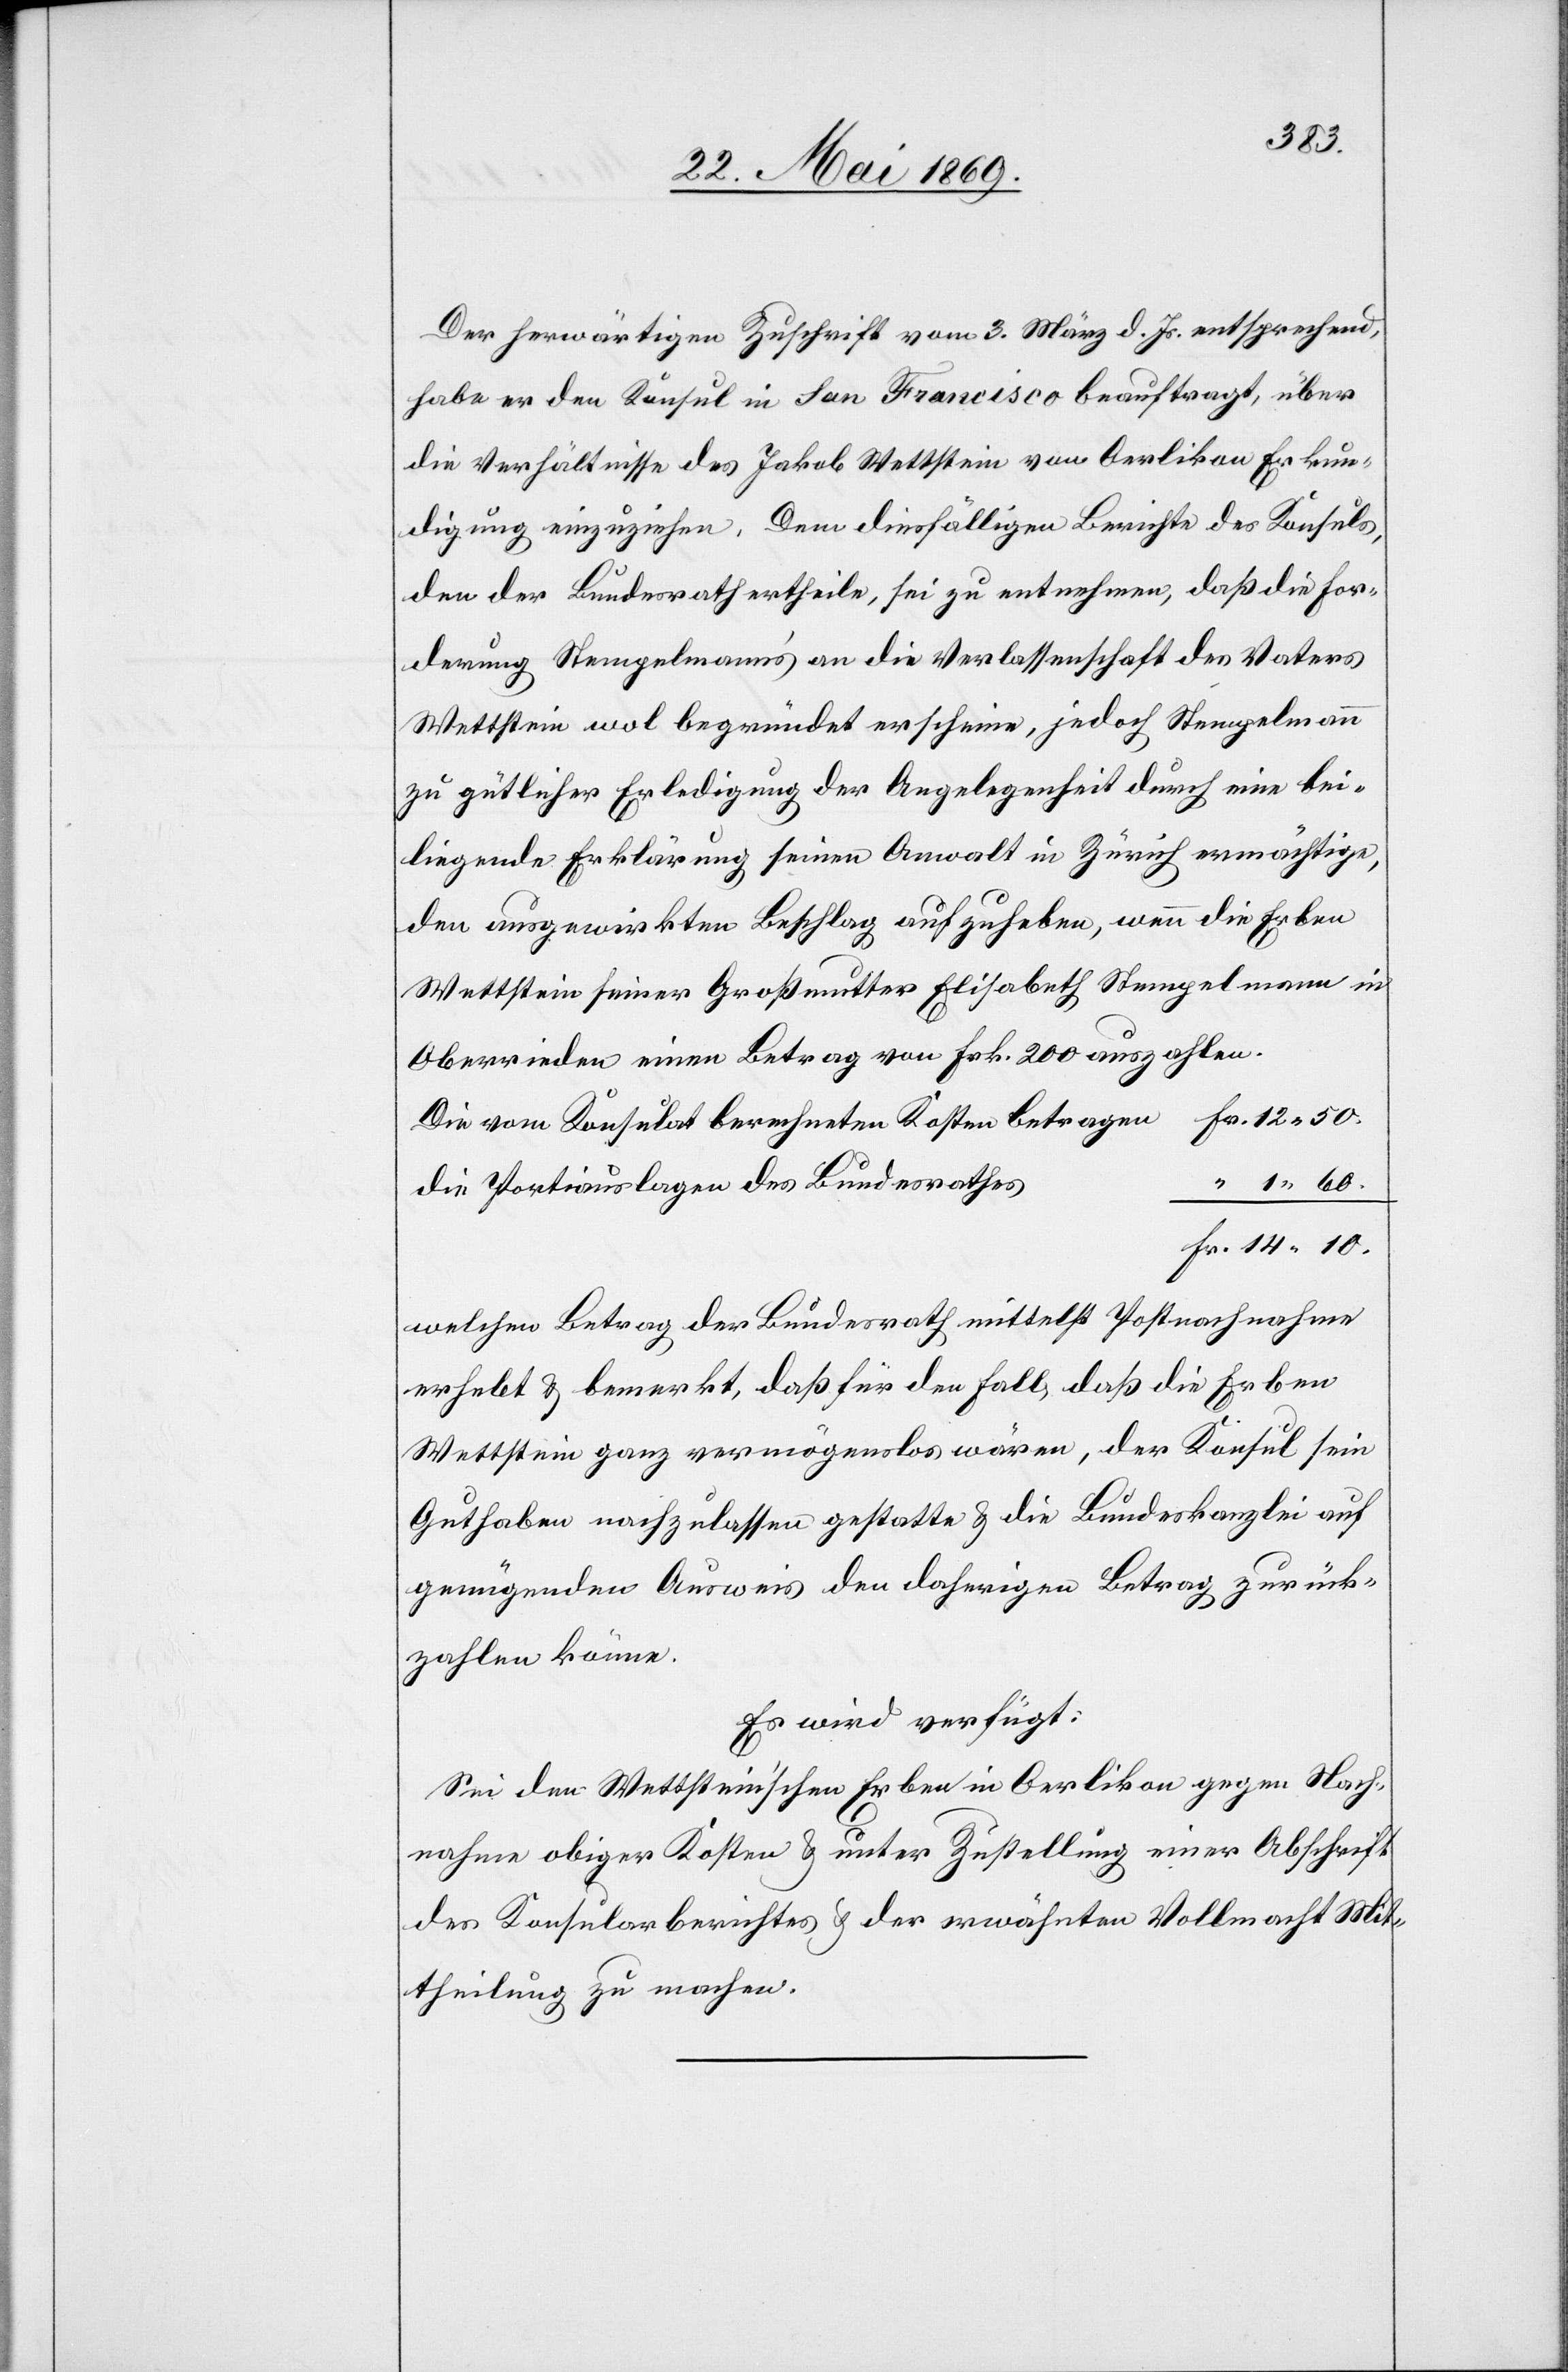
Der herwärtigen Zuschrift vom 3. März d. Js. entsprechend,
habe er den Konsul in San Francisco beauftragt, über
die Verhältnisse des Jakob Wettstein von Oerlikon Erkun¬
digung einzuziehen. Dem diesfäligen Berichte des Konsuls,
den der Bundesrath ertheile, sei zu entnehmen, daß die For¬
derung Stempelmann’s an die Verlassenschaft des Vaters
Wettstein wol begründet erscheine, jedoch Stempelmann
zu gütlicher Erledigung der Angelegenheit durch eine bei¬
liegende Erklärung seinen Anwalt in Zürich ermächtige,
den ausgewirkten Beschlag aufzuheben, wenn die Erben
Wettstein seiner Großmutter Elisabetha Stempelmann in
Oberrieden einen Betrag von Frk. 200 auszahlen.
Die vom Konsulat berechneten Kosten betragen Fr. 12.50
Die Portiauslagen des Bundesrathes
Fr. 14.10.
welchen Betrag der Bundesrath mittelst Postnachnahme
erhebt u. bemerkt, daß für den Fall, daß die Erben
Wettstein ganz vermögenslos wären, der Konsul sein
Guthaben nachzulassen gestatte u. die Bundeskanzlei auf
genügenden Ausweis den daherigen Betrag zurück¬
zahlen könne.
Es wird verfügt:
Sei den Wettstein’schen Erben in Oerlikon gegen Nach¬
nahme obiger Kosten u. unter Zustellung einer Abschrift
des Konsularberichtes u. der erwähnten Vollmacht Mit¬
theilung zu machen.